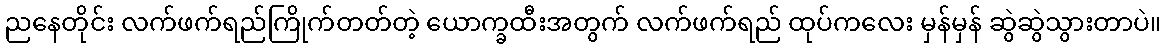
ညနေတိုင်း လက်ဖက်ရည်ကြိုက်တတ်တဲ့ ယောက္ခထီးအတွက် လက်ဖက်ရည် ထုပ်ကလေး မှန်မှန် ဆွဲဆွဲသွားတာပဲ။